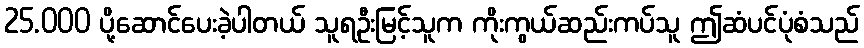
25.000 ပို့ဆောင်ပေးခဲ့ပါတယ် သူရဦးမြင့်သူက ကိုးကွယ်ဆည်းကပ်သူ ဤဆံပင်ပုံစံသည်